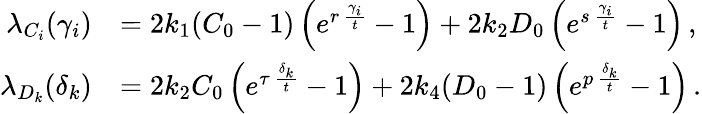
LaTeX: \begin{array}{rl}{\lambda_{C_{i}}(\gamma_{i})}&{=2k_{1}(C_{0}-1)\left(e^{r\, \frac{\gamma_{i}}{t}}-1\right)+2k_{2}D_{0}\left(e^{s\, \frac{\gamma_{i}}{t}}-1\right)\, ,}\\ {\lambda_{D_{k}}(\delta_{k})}&{=2k_{2}C_{0}\left(e^{\tau\, \frac{\delta_{k}}{t}}-1\right)+2k_{4}(D_{0}-1)\left(e^{p\, \frac{\delta_{k}}{t}}-1\right)\, .}\end{array}